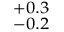
^ { + 0 . 3 } _ { - 0 . 2 }